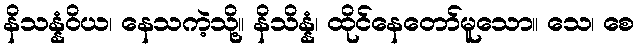
နိသန္နံဝိယ၊ နေသကဲ့သို့။ နိသိန္နံ၊ ထိုင်နေတော်မူသော။ သေ၊ စေ